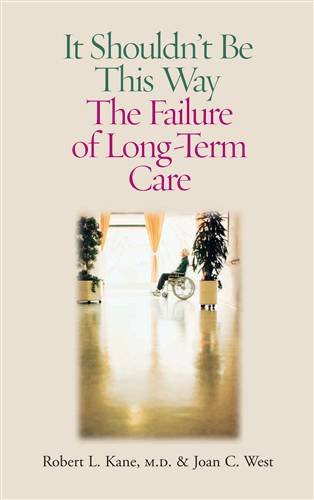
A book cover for It Shouldn't Be This Way: The Failure of Long-Term Care; Robert L. Kane M.D.; Medical Books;